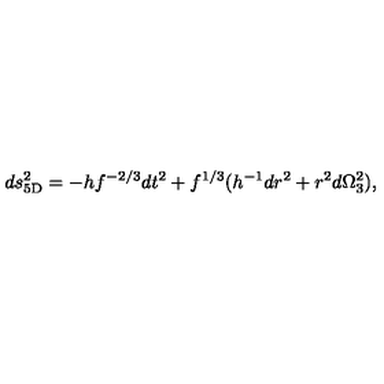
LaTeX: d s _ { \mathrm { 5 D } } ^ { 2 } = - h f ^ { - 2 / 3 } d t ^ { 2 } + f ^ { 1 / 3 } ( h ^ { - 1 } d r ^ { 2 } + r ^ { 2 } d \Omega _ { 3 } ^ { 2 } ) ,